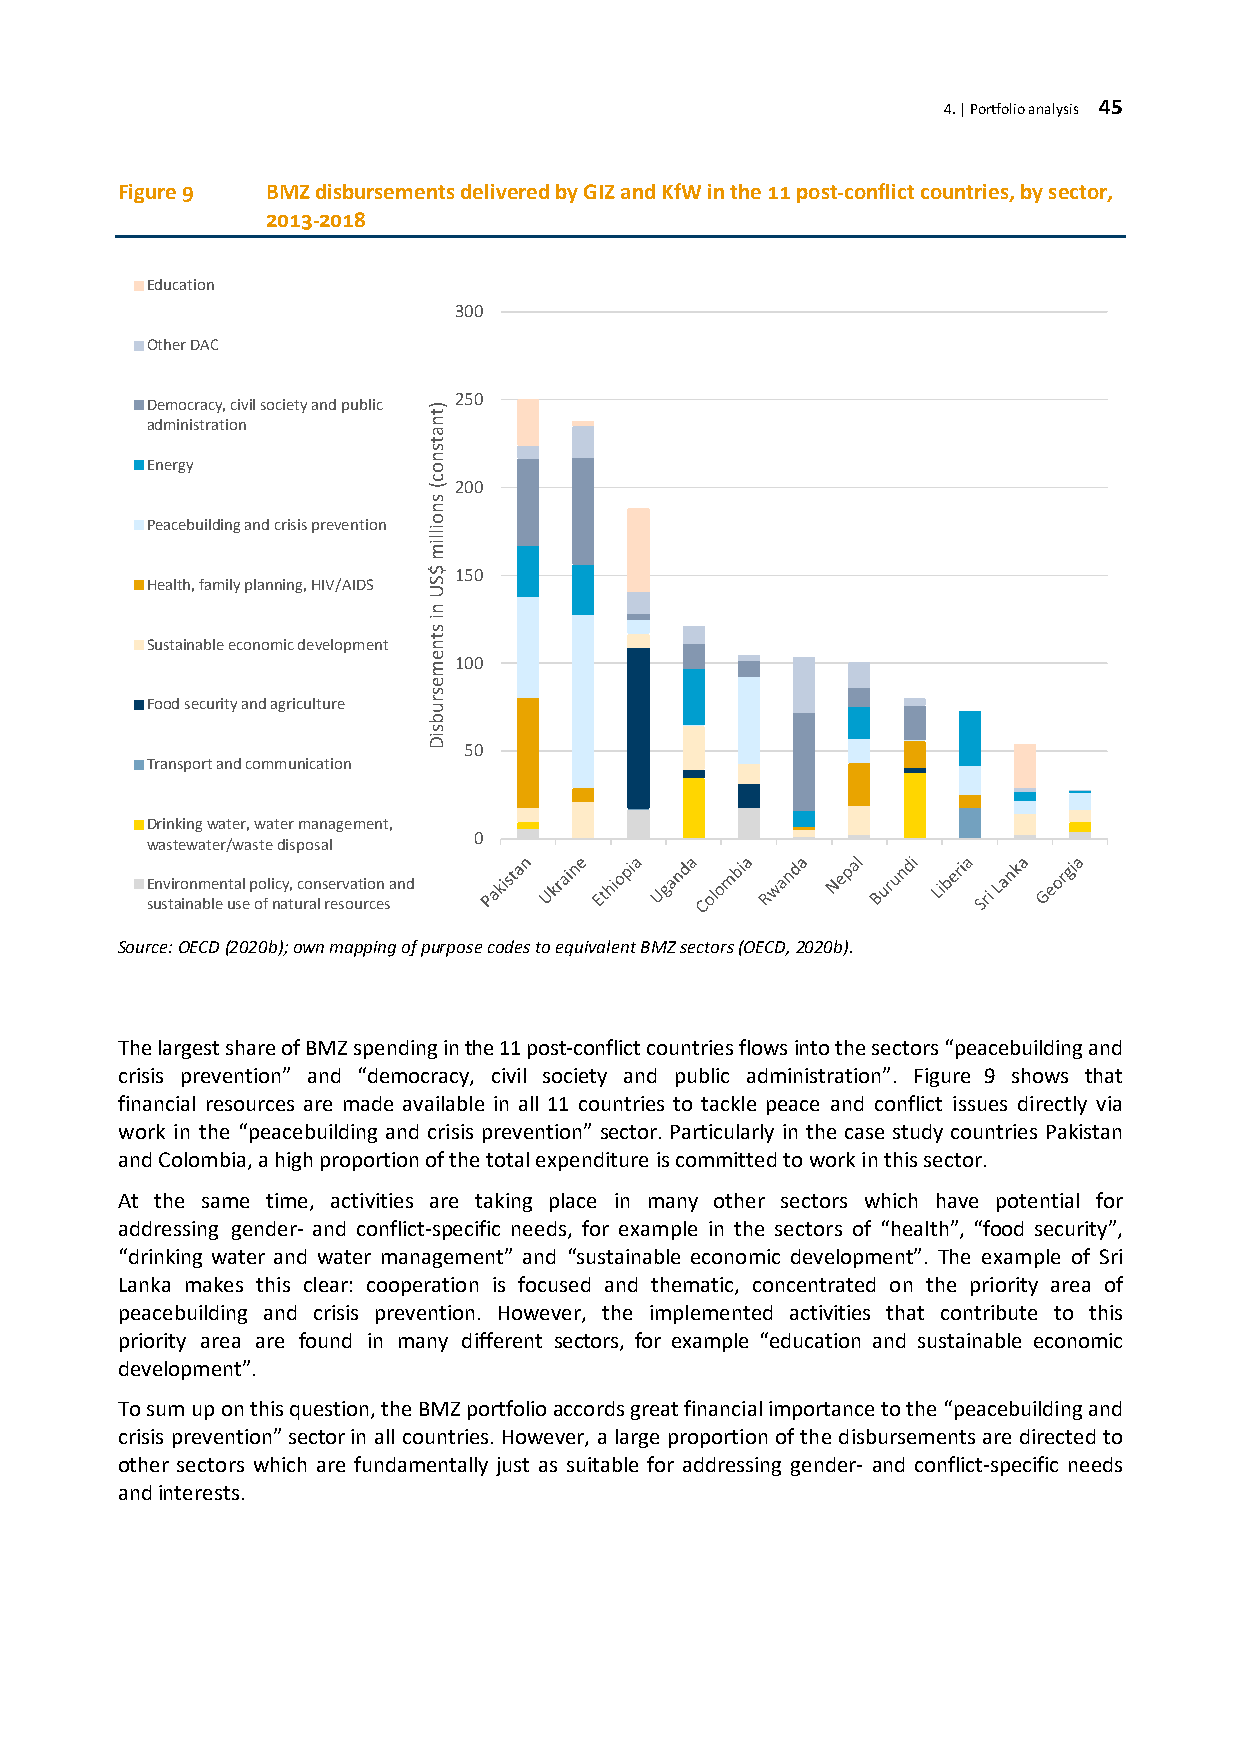
4. | Portfolio analysis 45
 Figure 9  BMZ disbursements delivered by GIZ and KfW in the 11 post-conflict countries, by sector,
 2013-2018
 Education
 300
 Other DAC
 250
 Democracy, civil society and public
 administration
 Energy
 200
 Peacebuilding and crisis prevention
 150
 Health, family planning, HIV/AIDS
 Sustainable economic development
 100
 Food security and agriculture
 50
 Transport and communication
 Drinking water, water management,
 0
 wastewater/waste disposal
 Environmental policy, conservation and
 sustainable use of natural resources
 Source: OECD (2020b); own mapping of purpose codes to equivalent BMZ sectors (OECD, 2020b).
 The largest share of BMZ spending in the 11 post-conflict countries flows into the sectors “peacebuilding and
 crisis prevention” and “democracy, civil society and public administration”. Figure 9 shows that
 financial resources are made available in all 11 countries to tackle peace and conflict issues directly via
 work in the “peacebuilding and crisis prevention” sector. Particularly in the case study countries Pakistan
 and Colombia, a high proportion of the total expenditure is committed to work in this sector.
 At the same time, activities are taking place in many other sectors which have potential for
 addressing gender- and conflict-specific needs, for example in the sectors of “health”, “food security”,
 “drinking water and water management” and “sustainable economic development”. The example of Sri
 Lanka makes this clear: cooperation is focused and thematic, concentrated on the priority area of
 peacebuilding and crisis prevention. However, the implemented activities that contribute to this
 priority area are found in many different sectors, for example “education and sustainable economic
 development”.
 To sum up on this question, the BMZ portfolio accords great financial importance to the “peacebuilding and
 crisis prevention” sector in all countries. However, a large proportion of the disbursements are directed to
 other sectors which are fundamentally just as suitable for addressing gender- and conflict-specific needs
 and interests.
 )tnatsnoc(
 snoillim
 $SU
 ni
 stnemesrubsiD